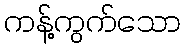
ကန့်ကွက်သော